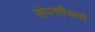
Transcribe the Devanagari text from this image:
संपत्तीरूपी